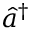
{ \hat { a } } ^ { \dagger }